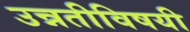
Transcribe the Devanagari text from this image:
उन्नतीविषयी